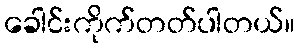
ခေါင်းကိုက်တတ်ပါတယ်။